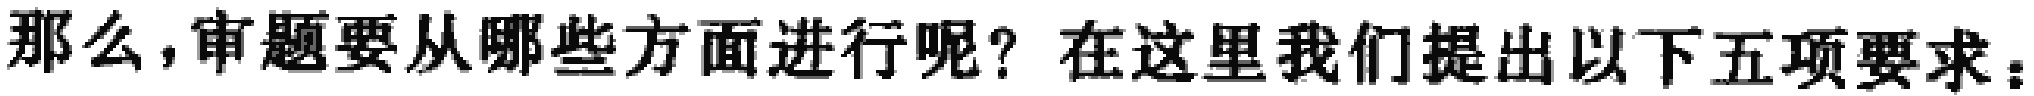
那么，审题要从哪些方面进行呢？在这里我们提出以下五项要求：